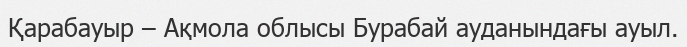
Қарабауыр – Ақмола облысы Бурабай ауданындағы ауыл.